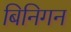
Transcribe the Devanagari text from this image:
बिनिगन